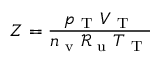
Z = \frac { p _ { \mathrm { ~ T ~ } } V _ { \mathrm { ~ T ~ } } } { n _ { \mathrm { ~ v ~ } } \mathcal { R } _ { \mathrm { ~ u ~ } } T _ { \mathrm { ~ T ~ } } }